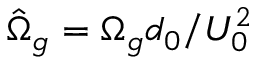
\hat { \Omega } _ { g } = \Omega _ { g } d _ { 0 } / U _ { 0 } ^ { 2 }